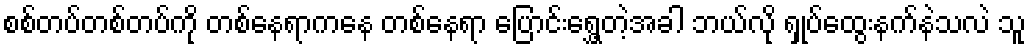
စစ်တပ်တစ်တပ်ကို တစ်နေရာကနေ တစ်နေရာ ပြောင်းရွှေ့တဲ့အခါ ဘယ်လို ရှုပ်ထွေးနက်နဲသလဲ သူ